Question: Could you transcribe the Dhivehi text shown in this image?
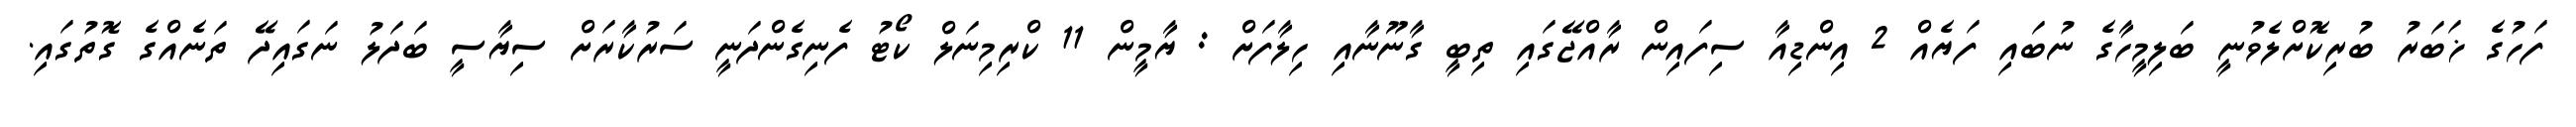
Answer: ފަހުގެ ޚަބަރު ބުރިކޮށްލެވުނީ ބަލިމީހާގެ ނުބައި ފަޔެއް 2 އިންޑިއާ ސިފައިން ރާއްޖޭގައި ތިބީ ގާނޫނާއި ހިލާފަށް : ޔާމީން 11 ކްރިމިނަލް ކޯޓު ފެނިގެންދަނީ ސަރުކާރަށް ސިޔާސީ ބަދަލު ނަގައިދޭ ތަނެއްގެ ގޮތުގައި.